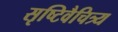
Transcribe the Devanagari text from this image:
सृष्टिवैचित्र्य